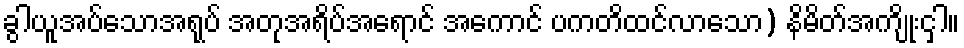
ခွါယူအပ်သောအရုပ် အတုအရိပ်အရောင် အကောင် ပကတိထင်လာသော) နိမိတ်အကျိုးငှါ။